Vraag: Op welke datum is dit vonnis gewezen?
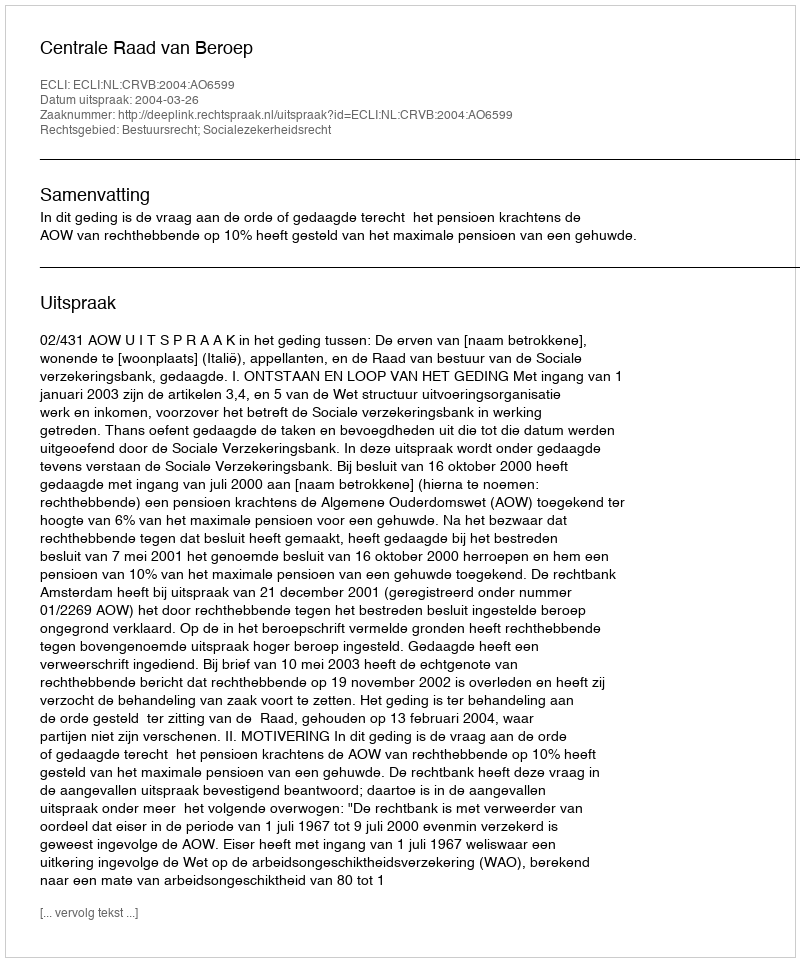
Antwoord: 2004-03-26